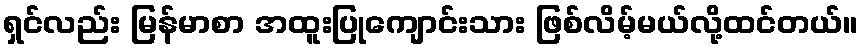
ရှင်လည်း မြန်မာစာ အထူးပြုကျောင်းသား ဖြစ်လိမ့်မယ်လို့ထင်တယ်။